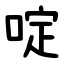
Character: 啶